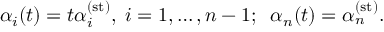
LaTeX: \alpha _ { i } ( t ) = t \alpha _ { i } ^ { ( \mathrm { s t } ) } , \; i = 1 , \ldots , n - 1 ; \; \; \alpha _ { n } ( t ) = \alpha _ { n } ^ { ( \mathrm { s t } ) } .